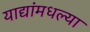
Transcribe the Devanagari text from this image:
याद्यांमधल्या